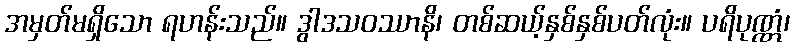
အမှတ်မရှိသော ရဟန်းသည်။ ဒွါဒသဝဿာနိ၊ တစ်ဆယ့်နှစ်နှစ်ပတ်လုံး။ ပရိပုဏ္ဏံ၊